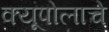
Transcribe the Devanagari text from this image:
क्यूपोलाचे